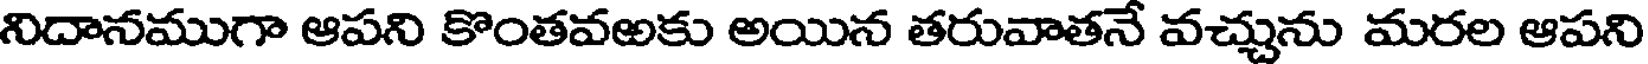
నిదానముగా ఆపని కొంతవఱకు అయిన తరువాతనే వచ్చును మరల ఆపని